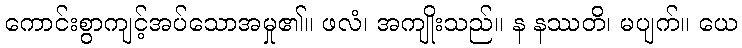
ကောင်းစွာကျင့်အပ်သောအမှု၏။ ဖလံ၊ အကျိုးသည်။ န နဿတိ၊ မပျက်။ ယေ